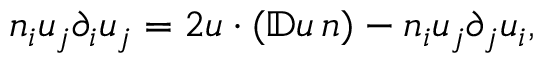
n _ { i } u _ { j } \partial _ { i } u _ { j } = 2 u \cdot ( \mathbb { D } u \, n ) - n _ { i } u _ { j } \partial _ { j } u _ { i } ,